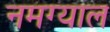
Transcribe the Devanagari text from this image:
नमग्याल